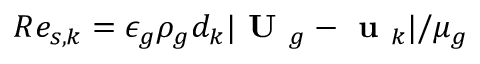
R e _ { s , k } = { \epsilon _ { g } \rho _ { g } d _ { k } | \textbf { U } _ { g } - \textbf { u } _ { k } | } / { \mu _ { g } }